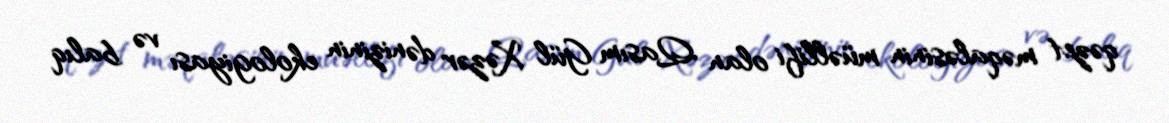
qəzet məqaləsinin müəllifi olan Qasım Gül Xəzər dənizinin ekologiyası və balıq